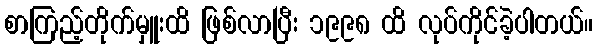
စာကြည့်တိုက်မှူးထိ ဖြစ်လာပြီး ၁၉၉၈ ထိ လုပ်ကိုင်ခဲ့ပါတယ်။